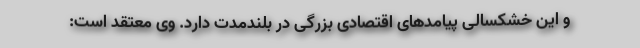
و این خشکسالی‌ پیامدهای اقتصادی بزرگی در بلندمدت دارد. وی معتقد است: